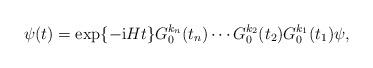
LaTeX: \begin{align*}\psi(t)=\exp\{-\mathrm{i}Ht\}G^{k_n}_0(t_n)\cdots G^{k_2}_0(t_2)G^{k_1}_0(t_1)\psi,\end{align*}